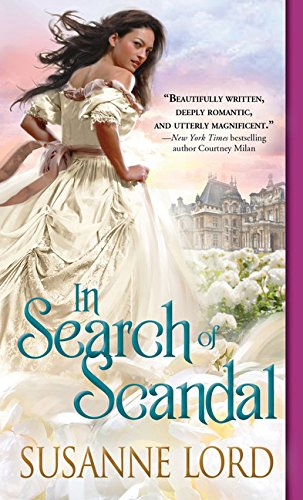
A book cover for In Search of Scandal (London Explorers); Susanne Lord; Romance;